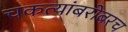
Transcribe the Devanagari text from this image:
चकत्यांबरोबरच